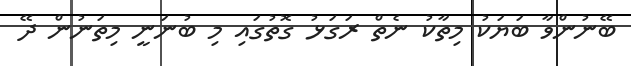
ބޭނުންވާ ބަޔަކު މިތާކު ނެތް ރަގަޅު ގޮތުގައި މި ބުނަނީ މިތަނުން ދޭ